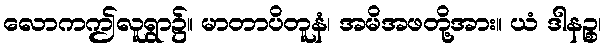
လောကဤလူရွာ၌။ မာတာပိတူနံ၊ အမိအဖတို့အား။ ယံ ဒါနဉ္စ၊